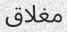
مغلاق